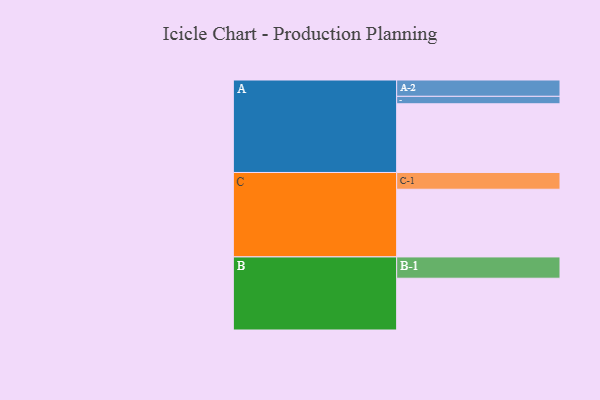
{"axis": {"x": "Segment", "y": "Value"}, "legend": ["", "A", "B", "C"], "data": [{"x": "A", "y": 471, "type": ""}, {"x": "B", "y": 355, "type": ""}, {"x": "C", "y": 464, "type": ""}, {"x": "A-1", "y": 51, "type": "A"}, {"x": "A-2", "y": 112, "type": "A"}, {"x": "B-1", "y": 146, "type": "B"}, {"x": "C-1", "y": 115, "type": "C"}]}